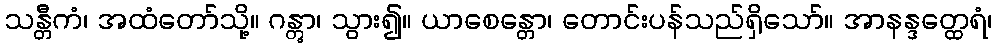
သန္တီကံ၊ အထံတော်သို့။ ဂန္တွာ၊ သွား၍။ ယာစေန္တော၊ တောင်းပန်သည်ရှိသော်။ အာနန္ဒတ္ထေရံ၊